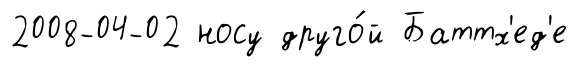
2008-04-02 носу друго́й Баттх'ед'е